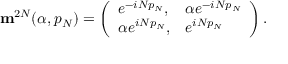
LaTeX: { \mathbf m } ^ { 2 N } ( \alpha , p _ { N } ) = \left( \begin{array} { l l } { { e ^ { - i N p _ { N } } , } } & { { \alpha e ^ { - i N p _ { N } } } } \\ { { \alpha e ^ { i N p _ { N } } , } } & { { e ^ { i N p _ { N } } } } \end{array} \right) .